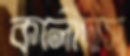
কালীদাস